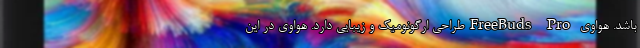
باشد. هواوی FreeBuds Proطراحی ارگونومیک و زیبایی دارد. هواوی در این